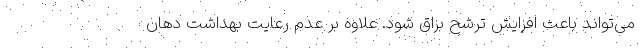
می‌‌تواند باعث افزایش ترشح بزاق شود. علاوه بر عدم رعایت بهداشت دهان